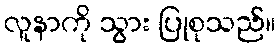
လူနာကို သွား ပြုစုသည်။